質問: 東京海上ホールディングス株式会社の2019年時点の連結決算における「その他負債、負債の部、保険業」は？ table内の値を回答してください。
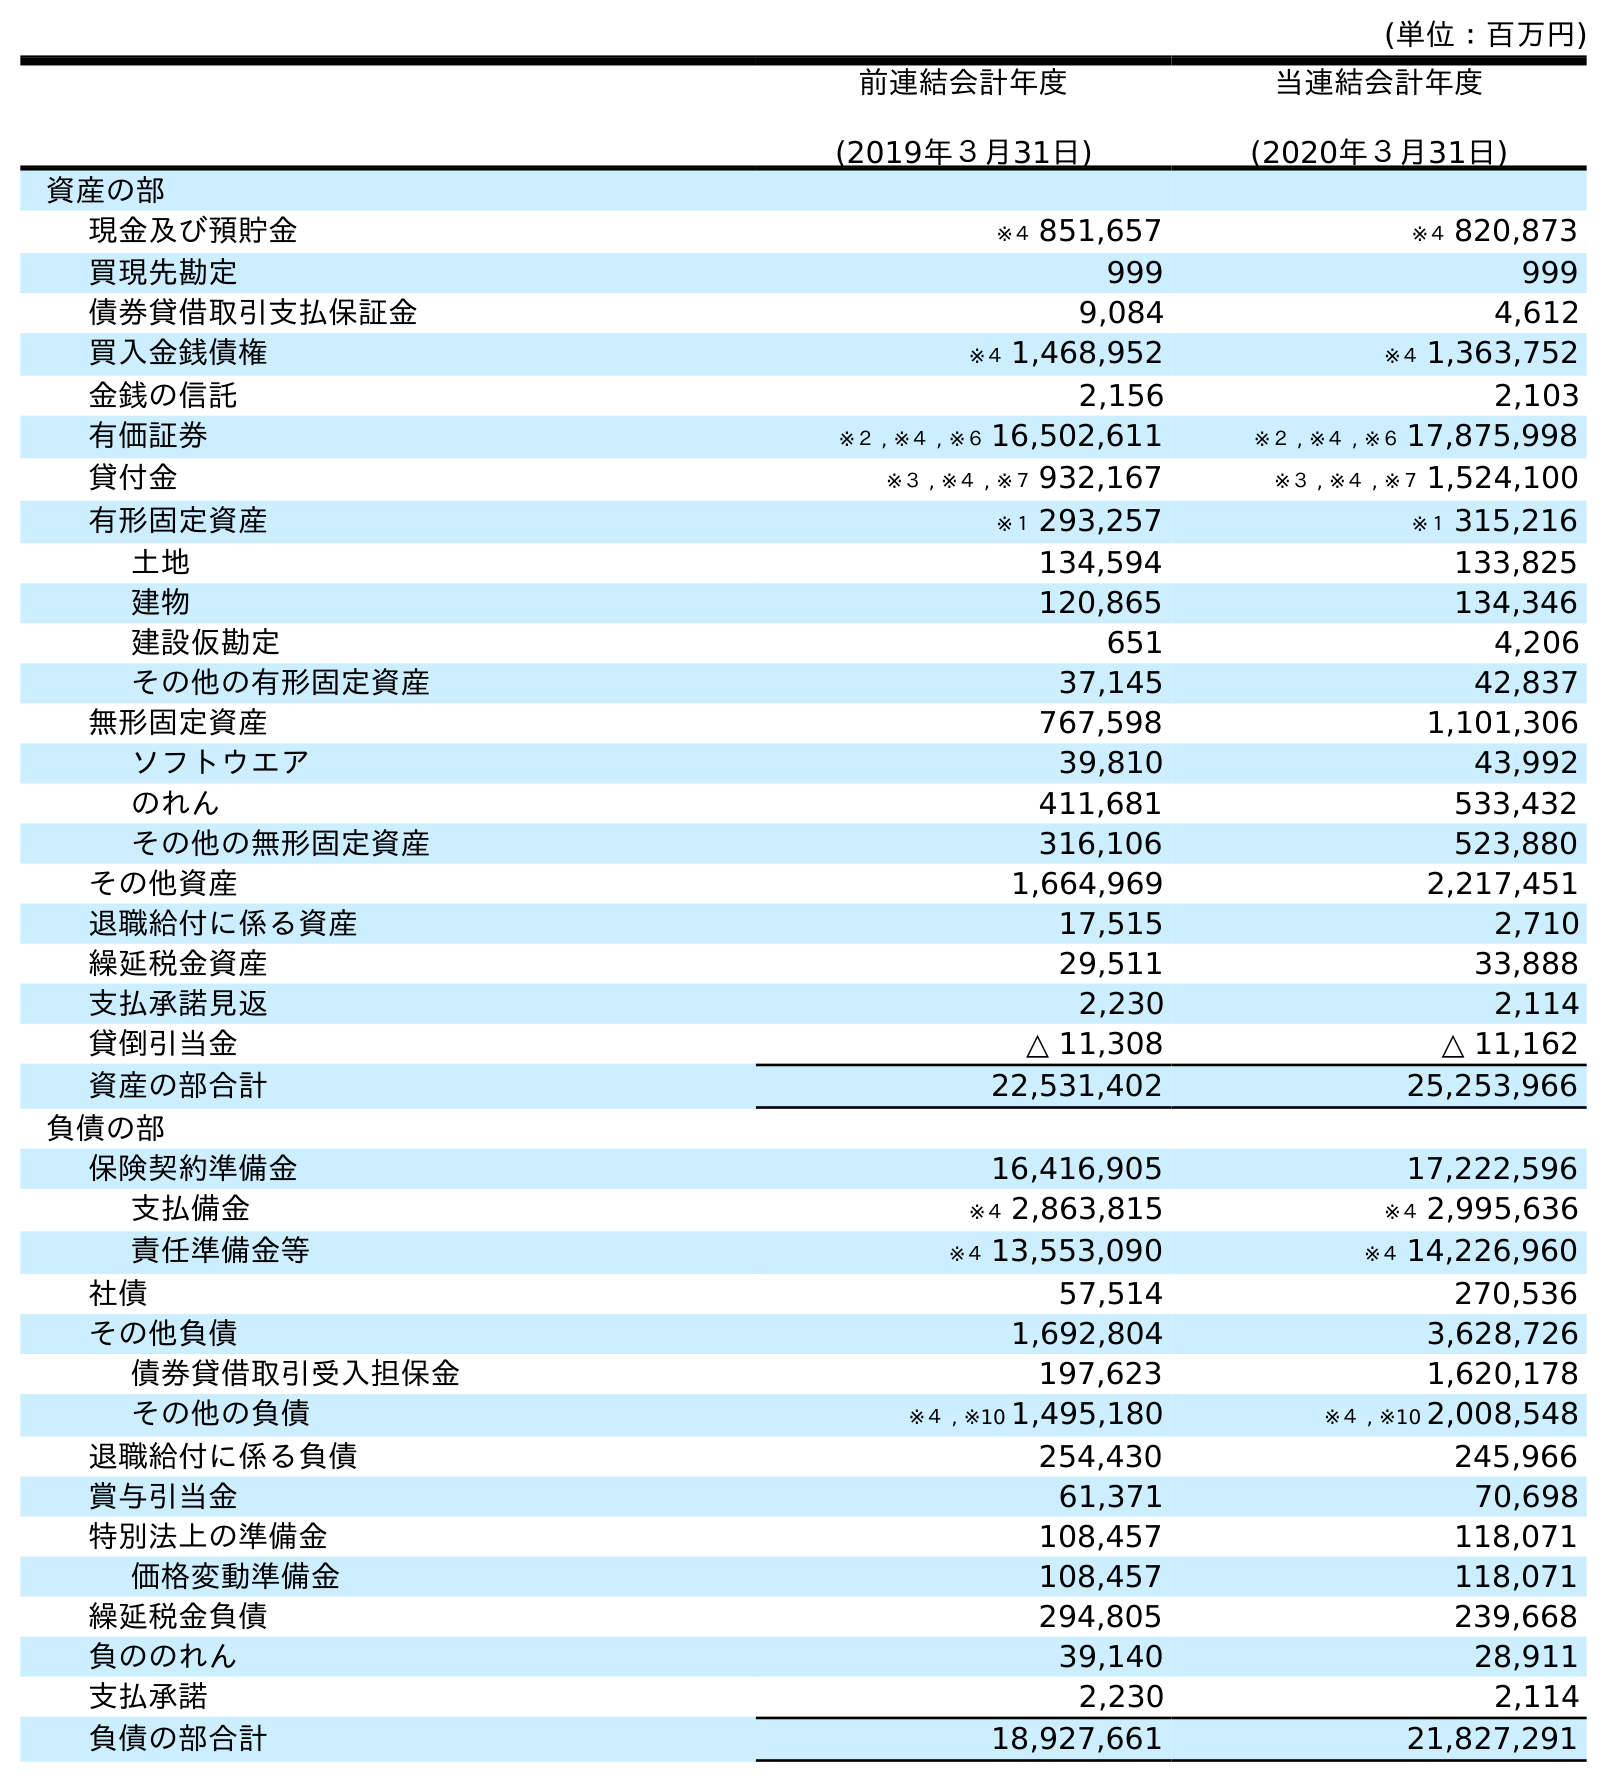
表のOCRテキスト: (単位：百万円) 前連結会計年度 (2019年３月31日) 当連結会計年度 (2020年３月31日) 資産の部 現金及び預貯金 ※４ 851,657 ※４ 820,873 買現先勘定 999 999 債券貸借取引支払保証金 9,084 4,612 買入金銭債権 ※４ 1,468,952 ※４ 1,363,752 金銭の信託 2,156 2,103 有価証券 ※２ , ※４ , ※６ 16,502,611 ※２ , ※４ , ※６ 17,875,998 貸付金 ※３ , ※４ , ※７ 932,167 ※３ , ※４ , ※７ 1,524,100 有形固定資産 ※１ 293,257 ※１ 315,216 土地 134,594 133,825 建物 120,865 134,346 建設仮勘定 651 4,206 その他の有形固定資産 37,145 42,837 無形固定資産 767,598 1,101,306 ソフトウエア 39,810 43,992 のれん 411,681 533,432 その他の無形固定資産 316,106 523,880 その他資産 1,664,969 2,217,451 退職給付に係る資産 17,515 2,710 繰延税金資産 29,511 33,888 支払承諾見返 2,230 2,114 貸倒引当金 △ 11,308 △ 11,162 資産の部合計 22,531,402 25,253,966 負債の部 保険契約準備金 16,416,905 17,222,596 支払備金 ※４ 2,863,815 ※４ 2,995,636 責任準備金等 ※４ 13,553,090 ※４ 14,226,960 社債 57,514 270,536 その他負債 1,692,804 3,628,726 債券貸借取引受入担保金 197,623 1,620,178 その他の負債 ※４ , ※10 1,495,180 ※４ , ※10 2,008,548 退職給付に係る負債 254,430 245,966 賞与引当金 61,371 70,698 特別法上の準備金 108,457 118,071 価格変動準備金 108,457 118,071 繰延税金負債 294,805 239,668 負ののれん 39,140 28,911 支払承諾 2,230 2,114 負債の部合計 18,927,661 21,827,291
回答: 1,692,804